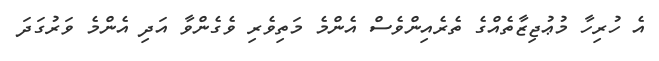
އެ ހުރިހާ މުޢުޖިޒާތެއްގެ ތެރެއިންވެސް އެންމެ މަތިވެރި ވެގެންވާ އަދި އެންމެ ވަރުގަދަ